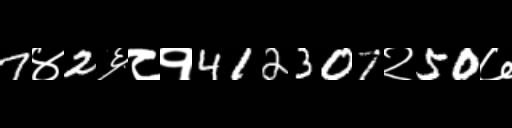
Text: 7४2६८१412307२50७